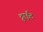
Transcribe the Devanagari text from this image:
ट्वाईट